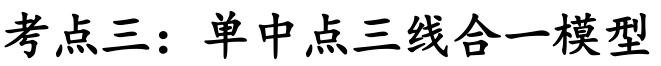
考点三：单中点三线合一模型